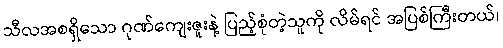
သီလအစရှိသော ဂုဏ်ကျေးဇူးနဲ့ ပြည့်စုံတဲ့သူကို လိမ်ရင် အပြစ်ကြီးတယ်၊